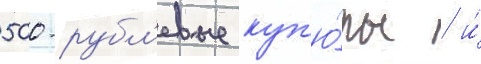
500-рубл'евые куп'ю́ры / и́